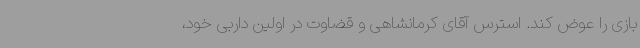
بازی را عوض کند. استرس آقای کرمانشاهی و قضاوت در اولین داربی خود،